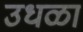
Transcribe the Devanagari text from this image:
उधळा